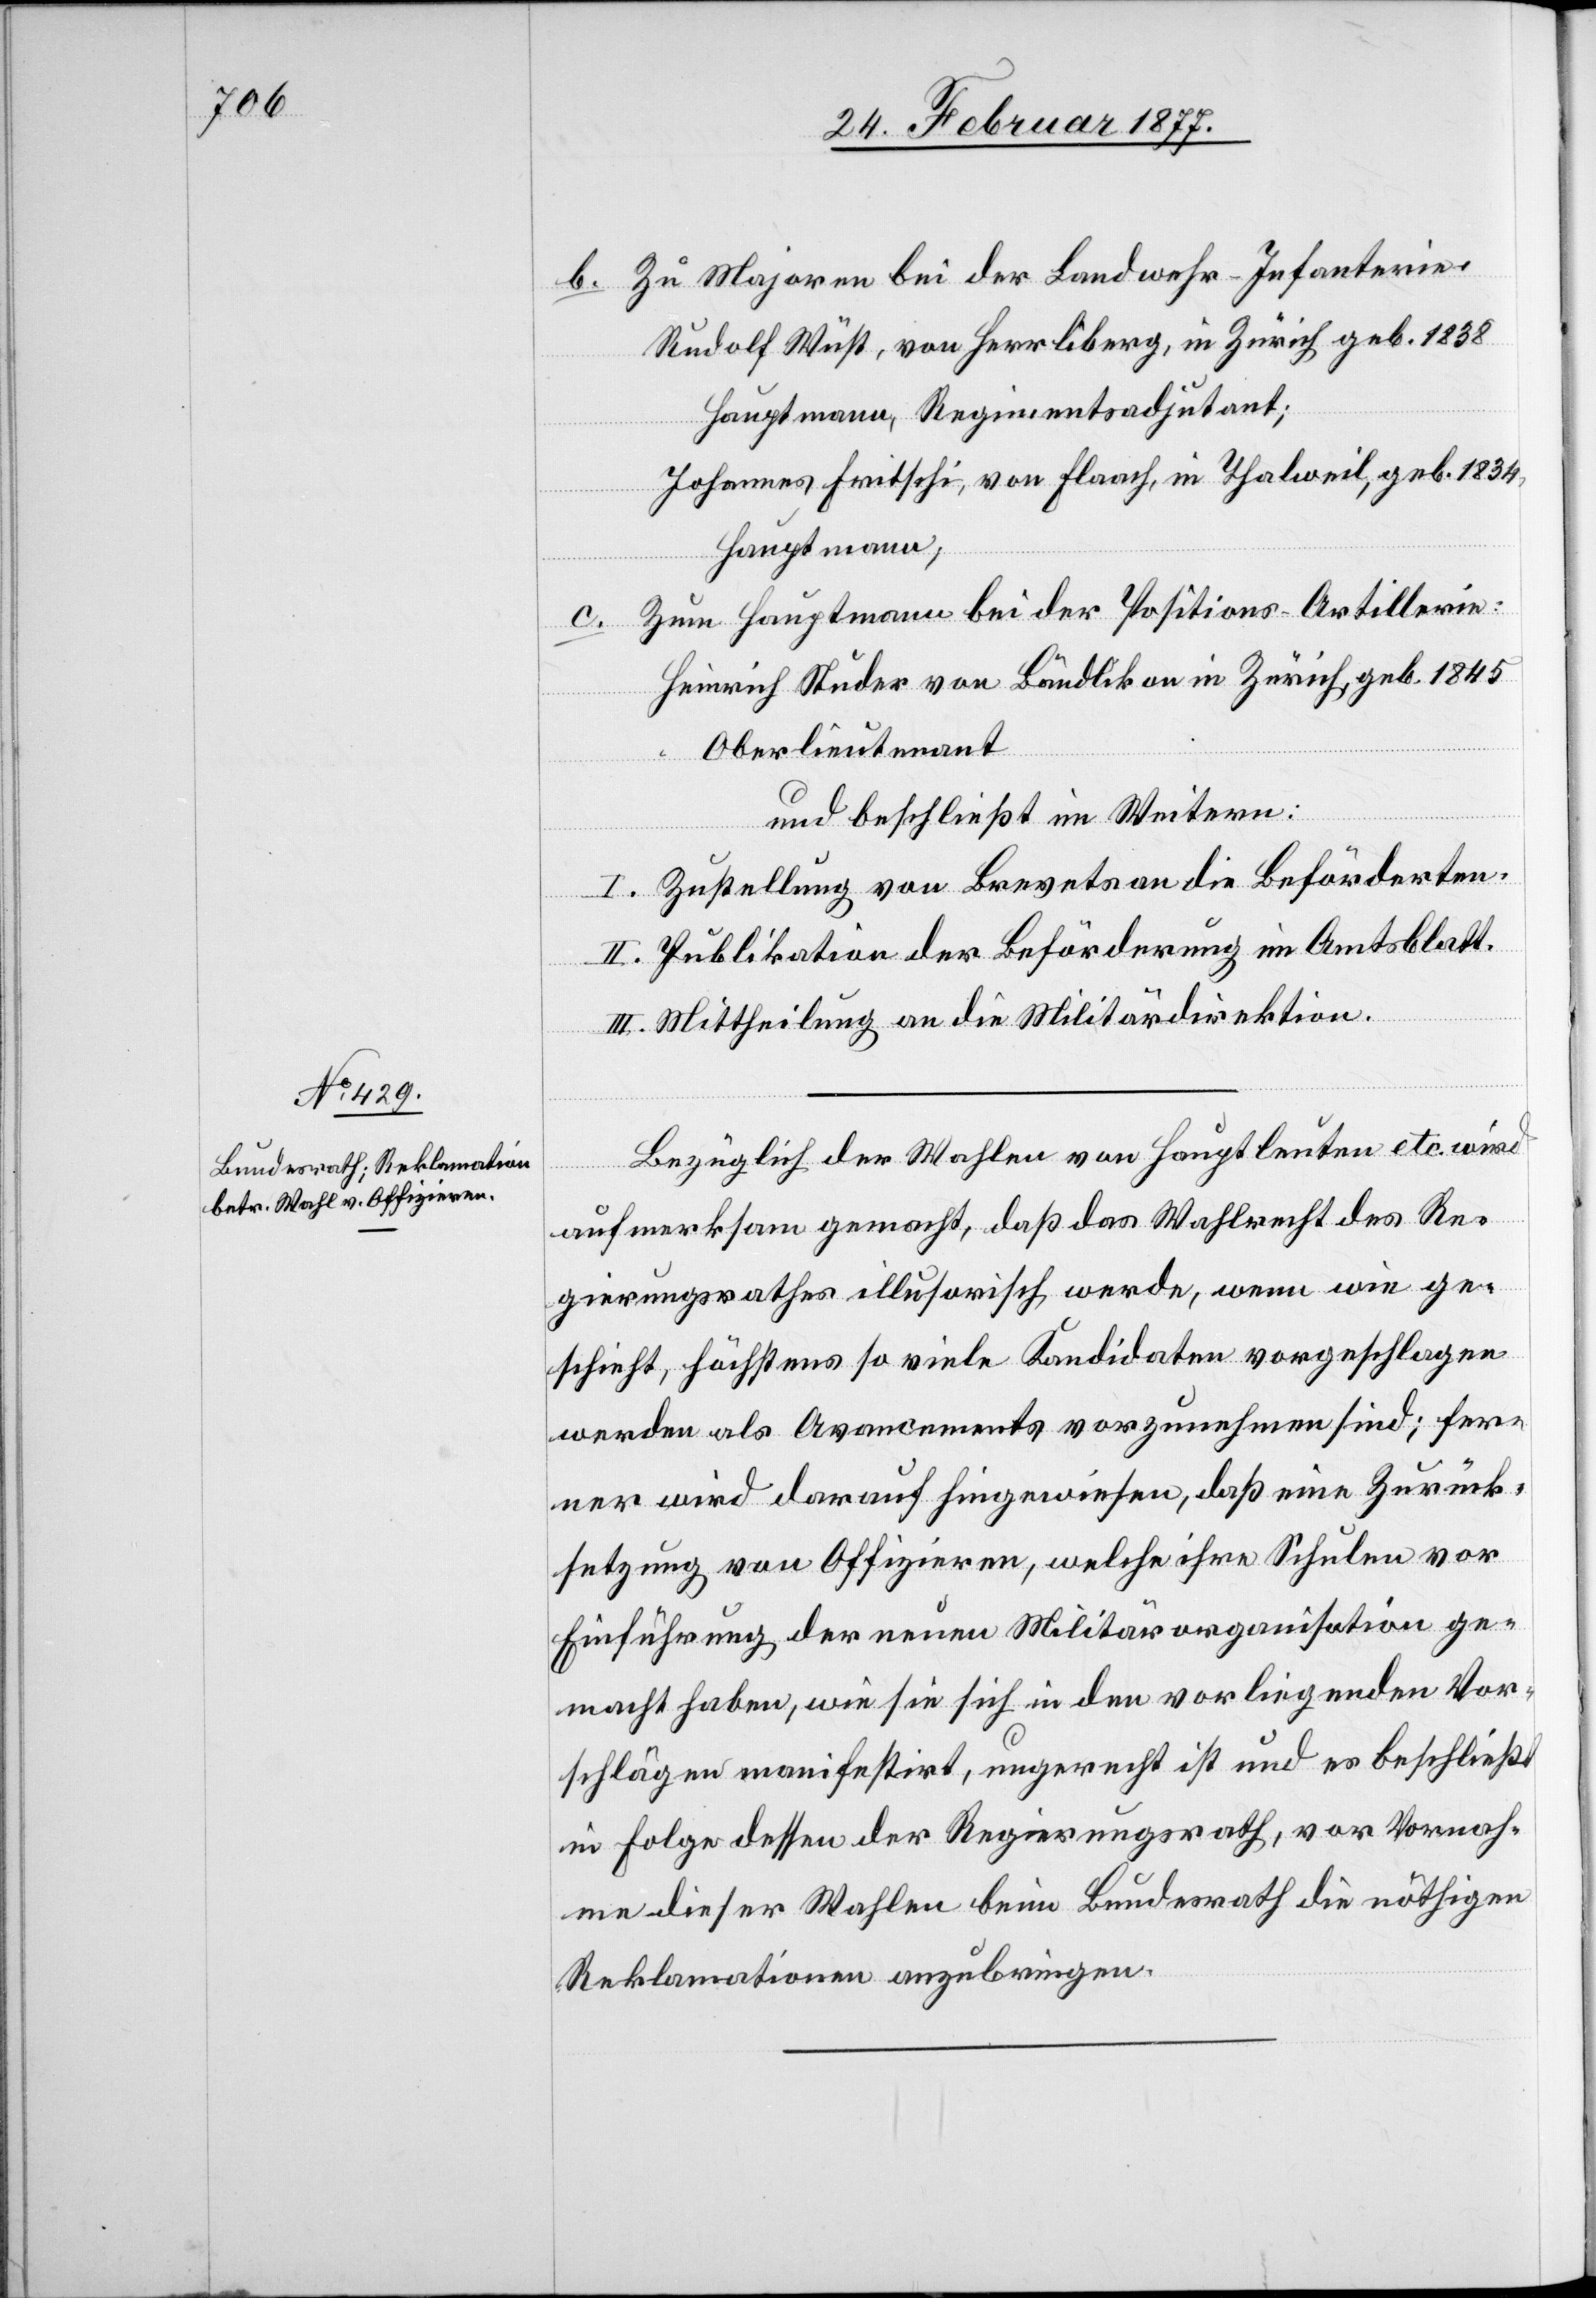
b. Zu Majoren bei der Landwehr-Infanterie:
Rudolf Wüst, von Herrliberg, in Zürich geb. 1838
Hauptmann, Regimentsadjutant;
Johannes Fritschi, von Flaach, in Thalweil, geb. 1834,
Hauptmann;
c. Zum Hauptmann bei der Positions-Artillerie:
Heinrich Studer von Bändlikon in Zürich, geb. 1845
Oberlieutnant
und beschließt im Weitern:
I. Zustellung von Brevets an die Beförderten.
II. Publikation der Beförderung im Amtsblatt.
III. Mittheilung an die Militärdirektion.
Bezüglich der Wahlen von Hauptleuten etc. wird
aufmerksam gemacht, daß das Wahlrecht des Re¬
gierungsrathes illusorisch werde, wenn wie ge¬
schieht, höchstens so viele Kandidaten vorgeschlagen
werden als Avancements vorzunehmen sind; fer¬
ner wird darauf hingewiesen, daß eine Zurück¬
setzung von Offizieren, welche ihre Schulen vor
Einführung der neuen Militärorganisation ge¬
macht haben, wie sie sich in den vorliegenden Vor¬
schlägen manifestirt, ungerecht ist und es beschließt
in Folge dessen der Regierungsrath, vor Vornah¬
me dieser Wahlen beim Bundesrath die nöthigen
Reklamationen anzubringen.